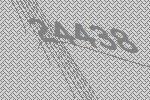
24438